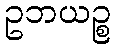
ဥဘယဉ္စ